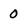
Character: 0